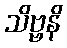
သိဗ္ဗနိ